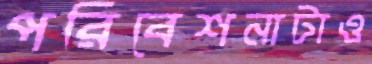
পরিবেশনাটাও